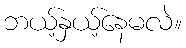
ဘယ့်နှယ့်နေမလဲ။